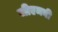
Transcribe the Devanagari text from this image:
जीएमबी